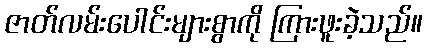
ဇာတ်လမ်းပေါင်းများစွာကို ကြားဖူးခဲ့သည်။